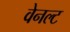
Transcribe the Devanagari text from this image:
वेनल्ट